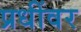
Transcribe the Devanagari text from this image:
प्रधींवर